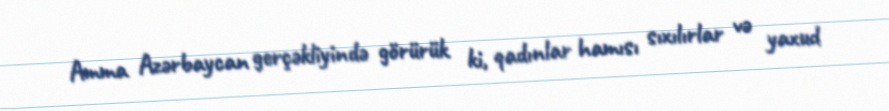
Amma Azərbaycan gerçəkliyində görürük ki, qadınlar hamısı sıxılırlar və yaxud